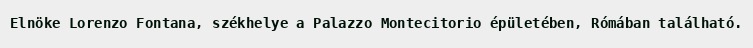
Elnöke Lorenzo Fontana, székhelye a Palazzo Montecitorio épületében, Rómában található.